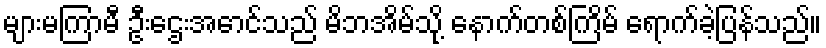
များမကြာမီ ဦးဌေးအောင်သည် မိဘအိမ်သို့ နောက်တစ်ကြိမ် ရောက်ခဲ့ပြန်သည်။